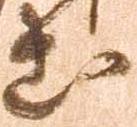
出